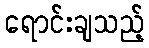
ရောင်းချသည့်